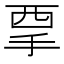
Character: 𱟷